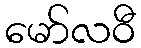
မော်လဝီ